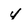
Character: 4